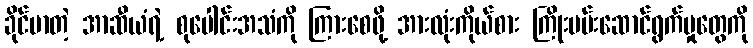
ခိုင်မာတဲ့ အာဆီယံရဲ့ စုပေါင်းအသံကို ကြားစေဖို့ အားလုံးကိုယ်စား ကြိုးပမ်းဆောင်ရွက်မှုတွေကို